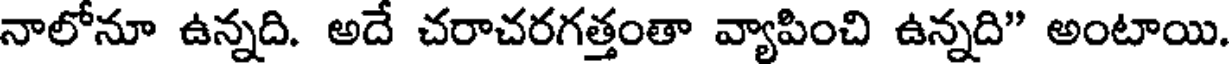
నాలోనూ ఉన్నది. అదే చరాచరగత్తంతా వ్యాపించి ఉన్నది" అంటాయి.